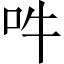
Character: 吽